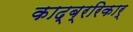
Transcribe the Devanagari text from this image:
काद्ब्ररिकार्